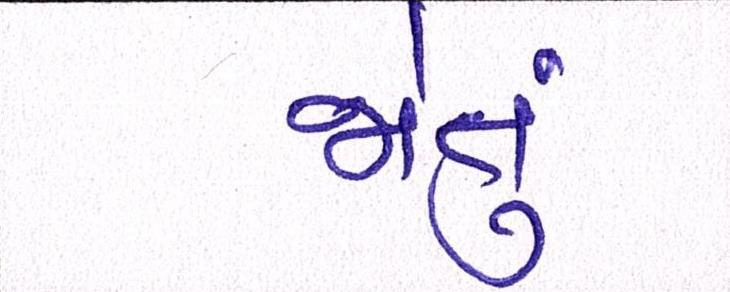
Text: જોતું